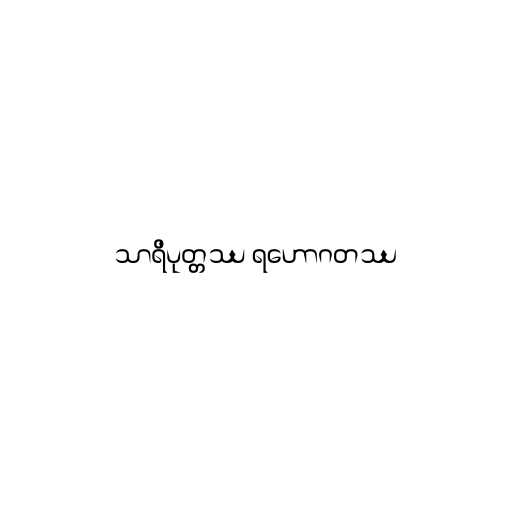
သာရိပုတ္တဿ ရဟောဂတဿ